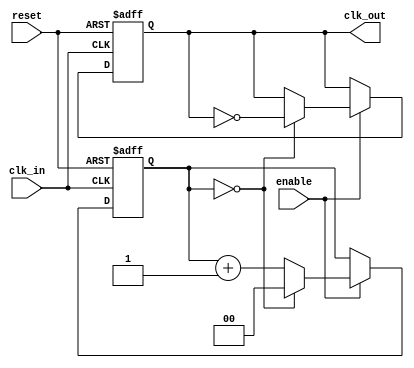
module ClockDivider #(parameter DIV_FACTOR = 1) (
    input wire clk_in,
    input wire reset,
    input wire enable,
    output reg clk_out
);

    // Internal counter
    reg [$clog2(DIV_FACTOR)-1:0] counter;

    // Initial state of the output clock
    initial begin
        clk_out = 1'b0; // Start with clk_out low
        counter = 0;    // Initialize counter
    end

    // Always block triggered on the rising edge of clk_in
    always @(posedge clk_in or posedge reset) begin
        if (reset) begin
            // Asynchronous reset
            counter <= 0;
            clk_out <= 1'b0; // Reset output clock to low
        end else if (enable) begin
            // Increment the counter
            if (counter == DIV_FACTOR - 1) begin
                // Toggle the output clock when counter reaches DIV_FACTOR
                clk_out <= ~clk_out;
                counter <= 0; // Reset counter
            end else begin
                counter <= counter + 1; // Increment counter
            end
        end
    end

endmodule